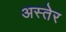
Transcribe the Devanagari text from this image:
अस्तेर